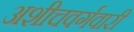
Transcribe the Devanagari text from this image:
अशीचवर्गवारी